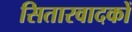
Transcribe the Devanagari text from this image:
सितारवादकों